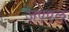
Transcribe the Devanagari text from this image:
जएएल